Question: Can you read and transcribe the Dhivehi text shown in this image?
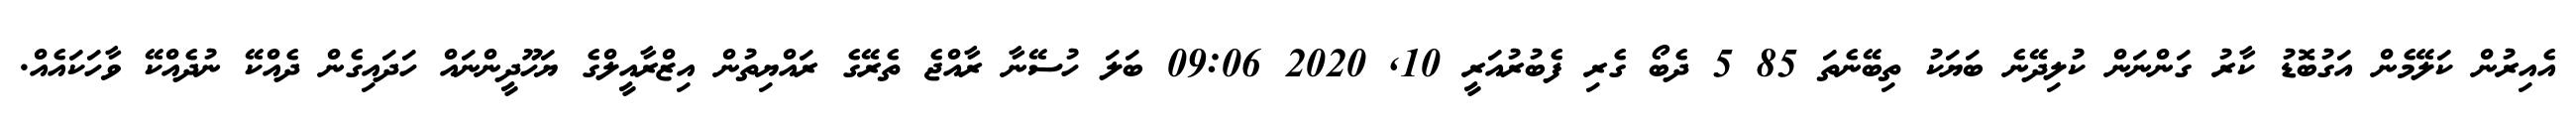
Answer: އެއިރުން ކަލޭމެން އަގުބޮޑު ކާރު ގަންނަން ކުލިދޭނެ ބަޔަކު ތިބޭނެތަ 85 5 ދެބޯ ގެރި ފެބުރުއަރީ 10, 2020 09:06 ބަލަ ހުސޭނާ ރާއްޖެ ތެރޭގެ ރައްޔިތުން އިޒްރާއީލްގެ ޔަހޫދީންނައް ހަދައިގެން ދެއްކޭ ނުދެއްކޭ ވާހަކައެއް.